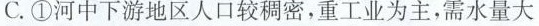
C.①河中下游地区人口较稠密，重工业为主，需水量大